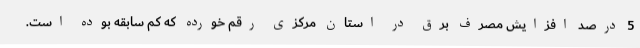
5 درصد افزایش مصرف برق در استان مرکزی رقم خورده که کم سابقه بوده است.